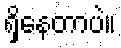
ရှိနေတာပဲ။